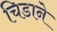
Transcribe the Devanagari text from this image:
चिडाने